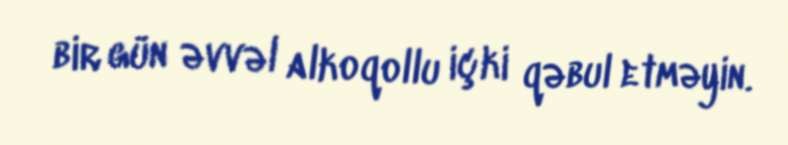
bir gün əvvəl alkoqollu içki qəbul etməyin.